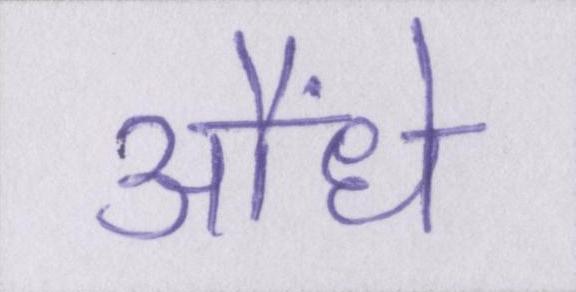
औंधे